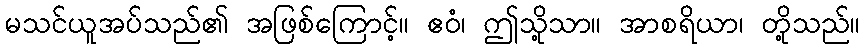
မသင်ယူအပ်သည်၏ အဖြစ်ကြောင့်။ ဧဝံ၊ ဤသို့သာ။ အာစရိယာ၊ တို့သည်။